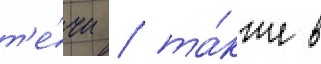
т'е́чи / та́кже в